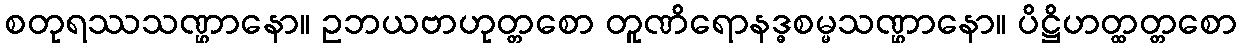
စတုရဿသဏ္ဌာနော။ ဥဘယဗာဟုတ္တစော တူဏိရောနဒ္ဓစမ္မသဏ္ဌာနော။ ပိဋ္ဌိဟတ္ထတ္တစော